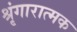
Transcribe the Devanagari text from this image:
श्रृंगारात्मक